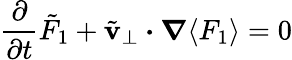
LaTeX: \frac{\partial}{\partial t}\tilde{F}_{1}+\tilde{{\mathbf v}}_{\perp}\boldsymbol{\cdot}{\boldsymbol\nabla}\langle F_{1}\rangle=0